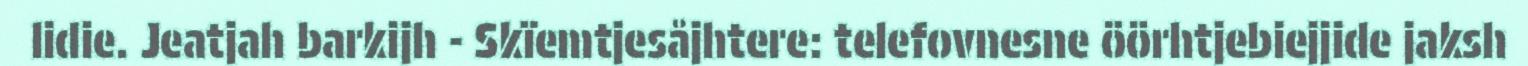
lidie. Jeatjah barkijh - Skïemtjesåjhtere: telefovnesne öörhtjebiejjide jaksh